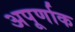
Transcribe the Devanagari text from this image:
अपूर्णाक